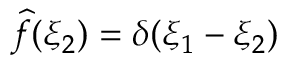
{ \widehat { f } } ( \xi _ { 2 } ) = \delta ( \xi _ { 1 } - \xi _ { 2 } )